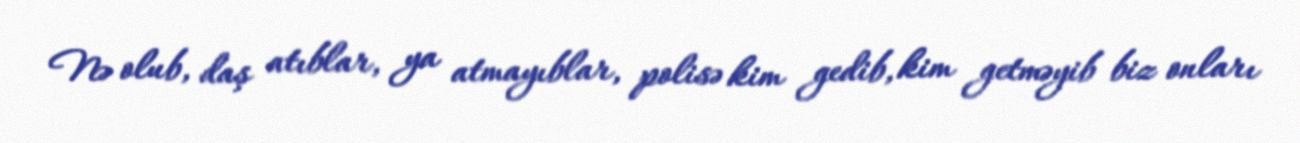
Nə olub, daş atıblar, ya atmayıblar, polisə kim gedib, kim getməyib biz onları